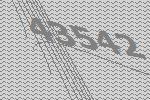
43542